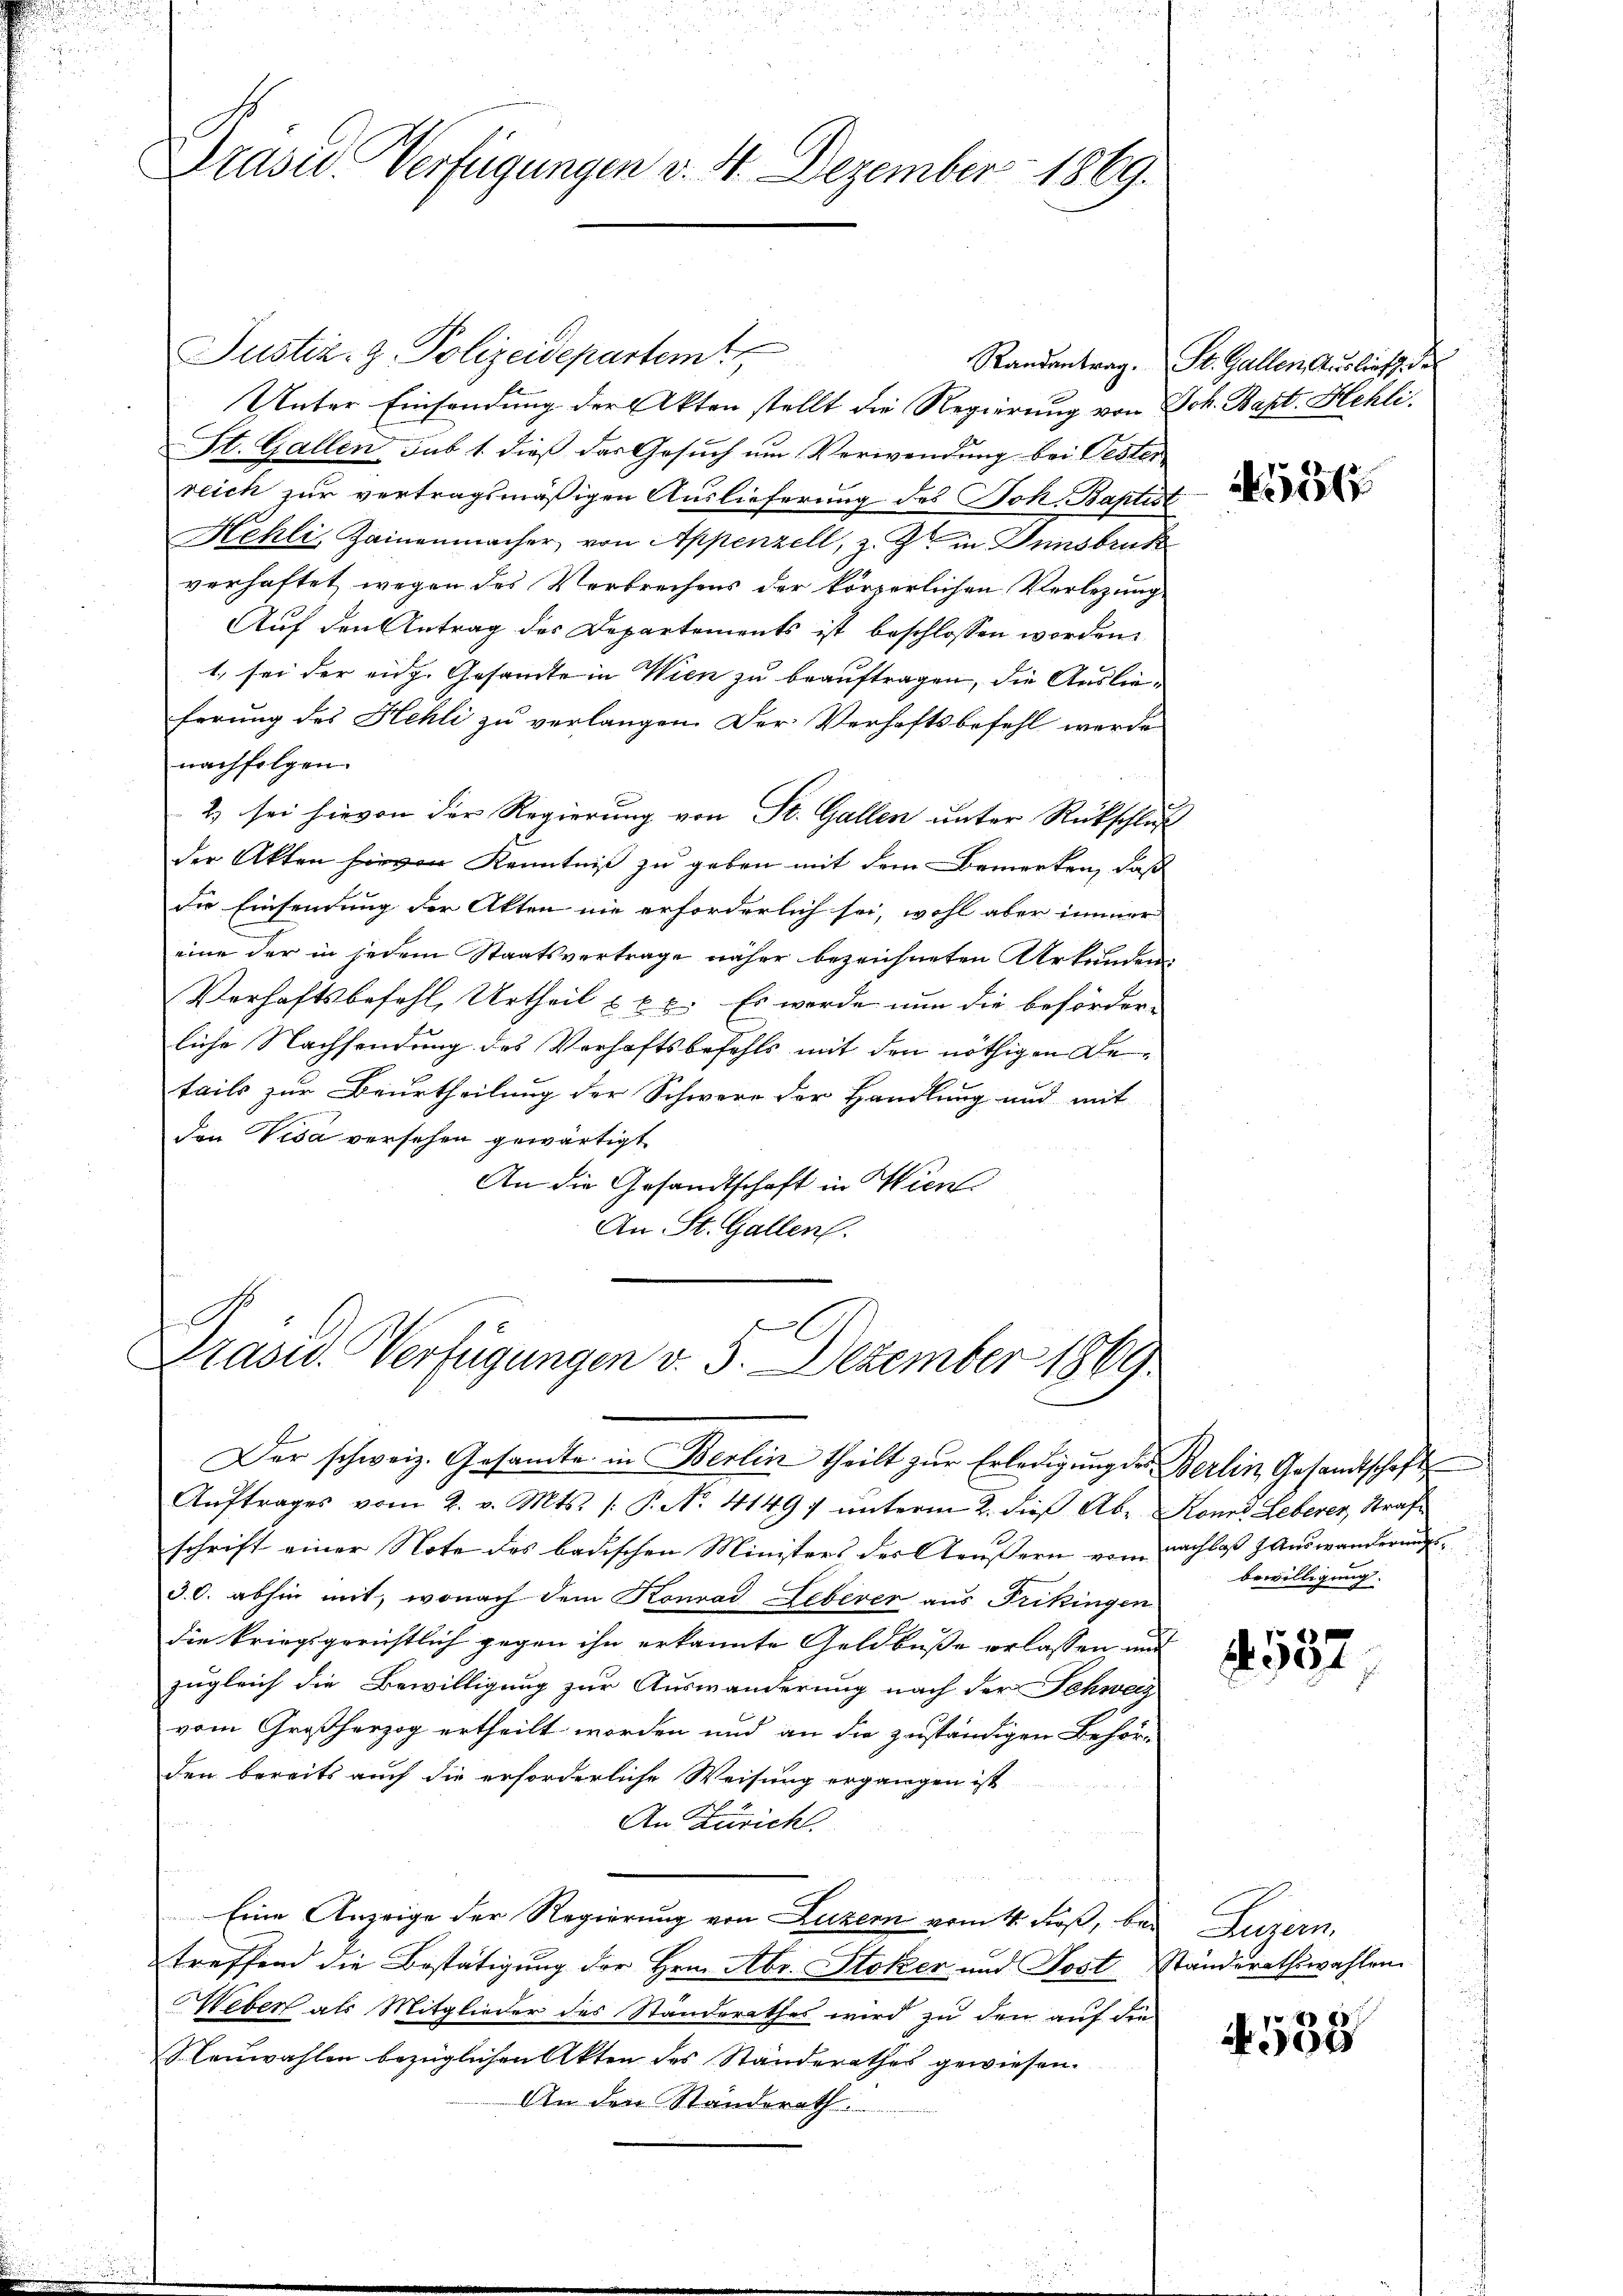
Drasu Verfügungen v. 4. Dezember 1869.

Justiz- & Polizeidepartem
Unter Einsendung der Akten stellt die Regierung von Joh. Bapt. Hehli¬
St. Gallen sub 1. dieß das Gesuch um Verwendung bei Pester
reich zur vertragsmäßigen Auslieferung des Joh. Baptist
Kehli, Zainenmacher von Appenzell, z. Z. in Grinsbruck
verhaftet wegen des Verbrechens der körperlichen Verlegung
Auf den Antrag des Departements ist beschlossen worden.
1, sei der eidg. Gesamte in Wien zu beauftragen, die Auslieferung des Hehli zu verlangen. Der Verhaftsbefehl werde
nachfolgen.
2) sei hievon der Regierung von St. Gallen unter Rückschluß
der Akten hievon Kenntniß zu geben mit dem Bemerken, daß
die Einsendung der Akten nie erforderlich sei, wohl aber immer
eine der in jedem Staatsvertrage näher bezeichneten Urkunden,
Verhaftsbefehl, Urtheil u xx. Es werde nun die beförder-
liche Nachsendung des Verhaftsbefehls mit den nöthigen Details zur Beurtheilung der Schwere der Handlung und mit
den Visa versehen gewärtigt
An die Gesandtschaft in Hien
An St. Gallen.

Präsid. Verfügungen v. 5. Dezember 1869.
Der schweiz. Gesandte in Berlin theilt zŭr Erledigŭng der Berlin Gesandtschaft

Aŭftrages vom 2. v. Mts. (: P. No. 4149; ŭnterm 2. dieß Abr Kones Leberer Strafe
schrift einer Note des badischen Ministers des Aeussern vom nachlaß & Auswanderungs¬
3.C. abhin mit, wonach dem Konrad Leberer aus Frikingen
die kriegsgerichtlich gegen ihn erkannte Geldbuße erlassen und
zugleich die Bewilligung zur Auswanderung nach der Schweiz
vom Großherzog ertheilt worden und an die zuständigen Behör-
den bereits auch die erforderliche Weisung ergangen ist
An Zürich
Eine Anzeige der Regierung von Luzern vom 4. Fuß, bei Luzern,
treffend die Bestätigung der Hrn. Abr. Stoker und Postständerathswahlen
Weber als Mitglieder des Standerathes wird zu den auf die
Neuwahlen bezüglichen Akten des Standerathes gewiesen.
An den Standerath

Randantrag. St. Gallen Auslief der

4556

bewilligung.

4537

e
90